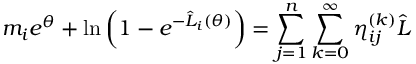
m _ { i } e ^ { \theta } + \ln \left( 1 - e ^ { - \hat { L } _ { i } ( \theta ) } \right) = \sum _ { j = 1 } ^ { n } \sum _ { k = 0 } ^ { \infty } \eta _ { i j } ^ { ( k ) } \hat { L }